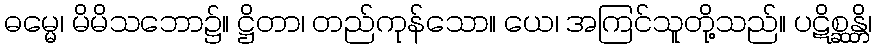
ဓမ္မေ၊ မိမိသဘော၌။ ဋ္ဌိတာ၊ တည်ကုန်သော။ ယေ၊ အကြင်သူတို့သည်။ ပဋိစ္ဆန္တိ၊